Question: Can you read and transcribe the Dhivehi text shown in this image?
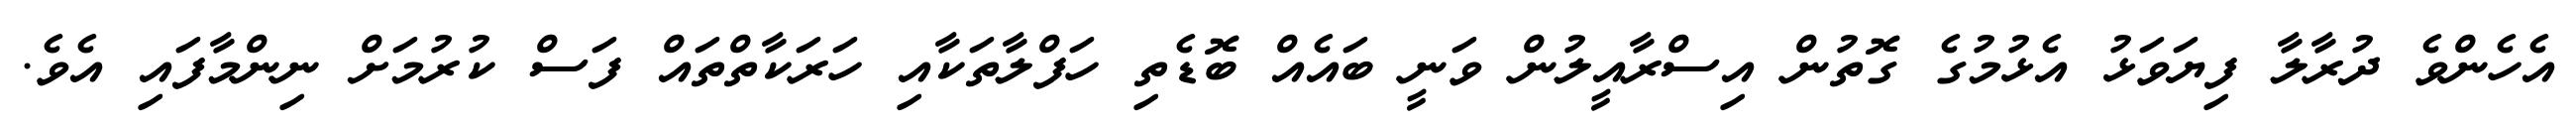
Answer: އެހެންވެ ދުރާލާ ފިޔަވަޅު އެޅުމުގެ ގޮތުން އިސްރާއީލުން ވަނީ ބައެއް ބޮޑެތި ހަފްލާތަކާއި ހަރަކާތްތައް ފަސް ކުރުމަށް ނިންމާފައި އެވެ.